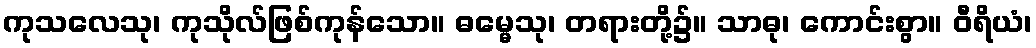
ကုသလေသု၊ ကုသိုလ်ဖြစ်ကုန်သော။ ဓမ္မေသု၊ တရားတို့၌။ သာဓု၊ ကောင်းစွာ။ ဝီရိယံ၊